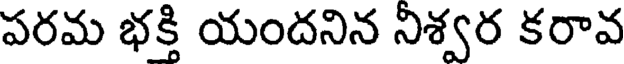
పరమ భక్తి యందనిన నిశ్వర కరావ